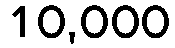
10,000